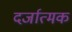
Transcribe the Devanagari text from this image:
दर्जात्मक